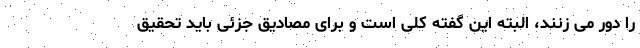
را دور می زنند، البته این گفته کلی است و برای مصادیق جزئی باید تحقیق